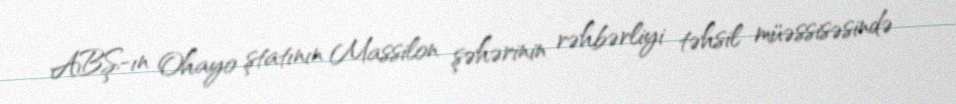
ABŞ-ın Ohayo ştatının Massilon şəhərinin rəhbərliyi təhsil müəssisəsində